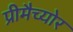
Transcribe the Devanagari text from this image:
प्रीमैच्योर